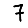
Digit: 7